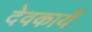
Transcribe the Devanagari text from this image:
देवकार्ये